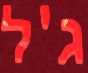
ג'ל